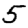
Digit: 5